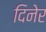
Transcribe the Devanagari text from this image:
दिनेर